Applicability to medico-legal practice in India of the biochemical tests for the origin of blood-stains - Number 39
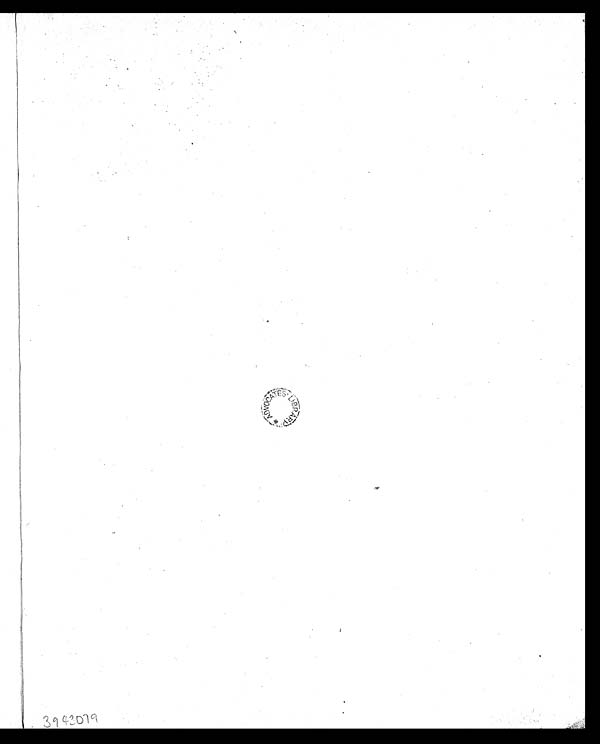
3 9 4 3 0 7 9